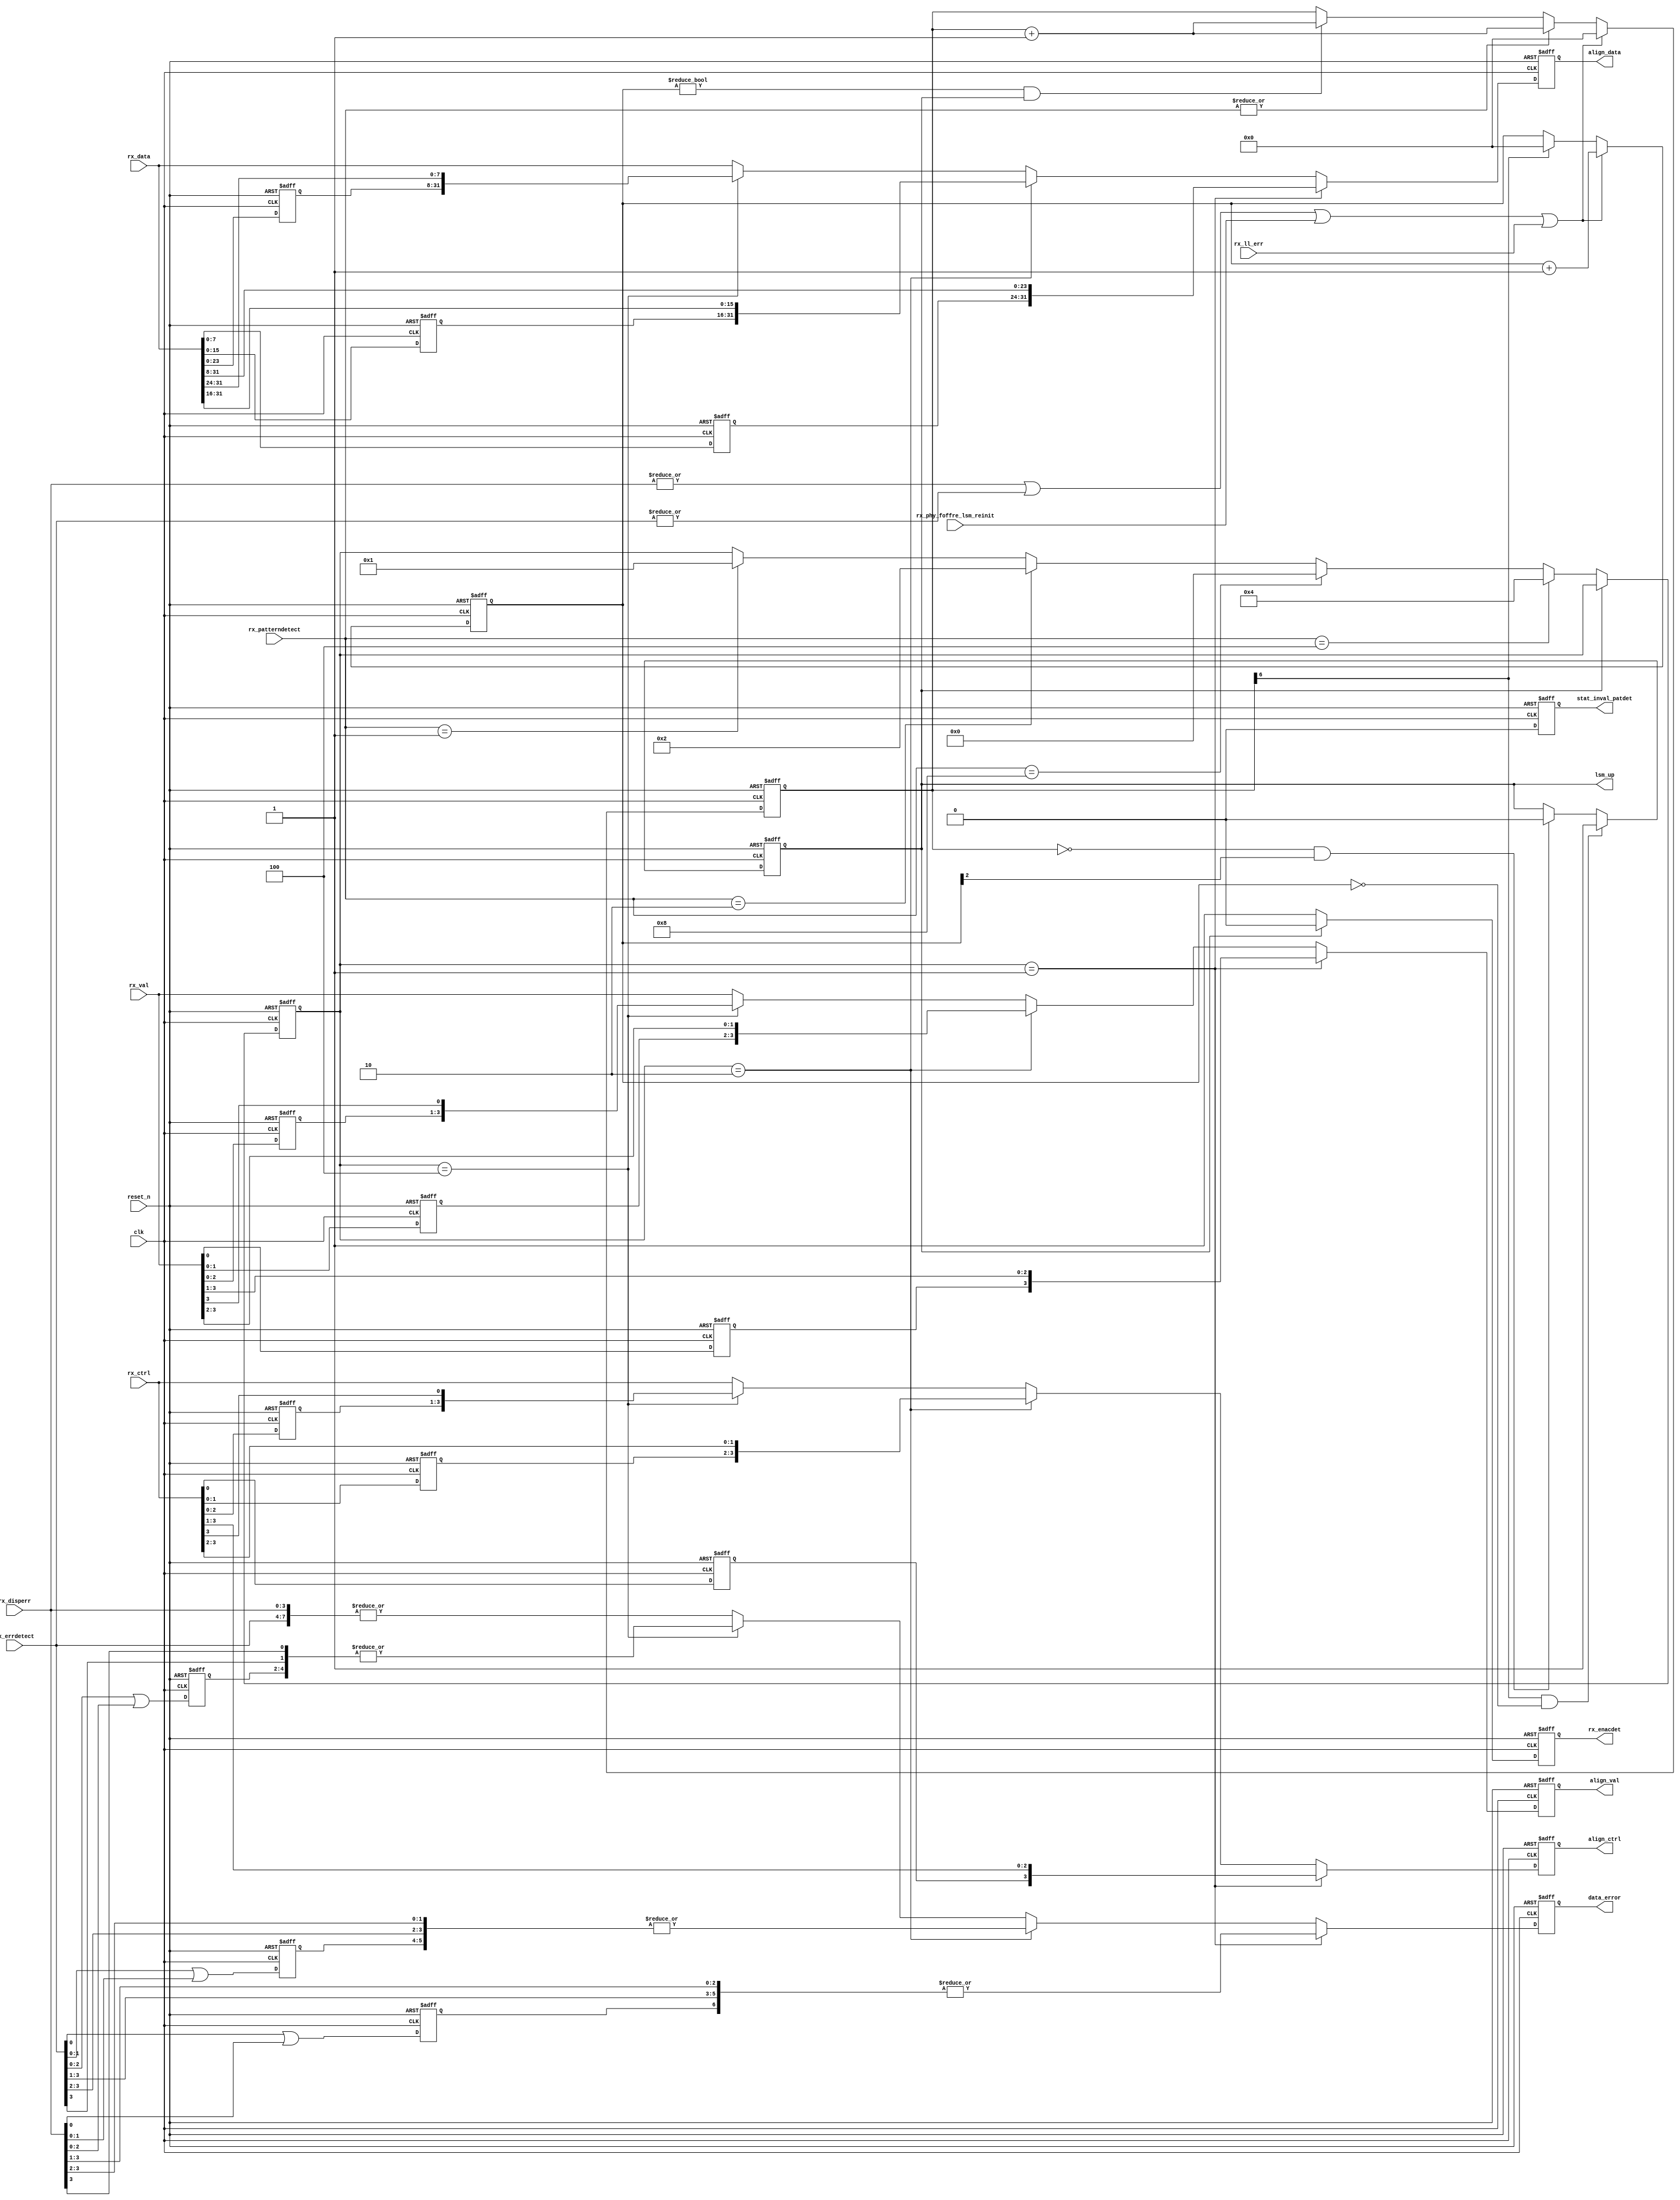
/*
*******************************************************************************

MODULE_NAME = rx_phy_ssynchlsm
COMPANY     = Altera Corporation, Altera Ottawa Technology Center
WEB         = www.altera.com

FUNCTIONAL_DESCRIPTION :
Self Synchronizing Link State Machine, single lane mode only. Future release will support multi-lane alignment
$Id: //acds/rel/14.1/ip/slite/slite2/hw/src/rtl/rx_phy_ssynchlsm.vx.erp#1 $
END_FUNCTIONAL_DESCRIPTION

LEGAL :
  Copyright (C) 2007 Altera Corporation. All rights reserved.  This source code
  to a MegaCore logic function is highly confidential and proprietary
  information of Altera and is being provided in accordance with and
  subject to the applicable MegaCore Logic Function License Agreement
  which governs its use and disclosure.  Altera products and services
  are protected under numerous U.S. and foreign patents, maskwork rights,
  copyrights and other intellectual property laws.
END_LEGAL
*******************************************************************************
*/
// altera message_off 10230
module  five_lane_seriallite_rx_only_rx_phy_ssynchlsm /* vx2 no_prefix */  (
clk,
reset_n,
rx_disperr,
rx_errdetect,
rx_ll_err,
rx_patterndetect,
rx_phy_foffre_lsm_reinit,
rx_data,
rx_ctrl,
rx_val,
align_data,
align_ctrl,
align_val,
data_error,
rx_enacdet,
stat_inval_patdet,
lsm_up);

// Ports and local variables. 
// '_F' indicates an auxiliary variable for flip-flops
// '_S' indicates an auxiliary variable for combinational signals
// '_W' indicates a VX2-created wire
parameter bad_count_msb = 2;
// How many errors in the "good" window before link down.
parameter ALIGNING = 0;
parameter LOCKED0 = 1;
parameter LOCKED1 = 2;
parameter LOCKED2 = 3;
parameter LOCKED3 = 4;
input clk;
input reset_n;
input[4 - 1:0] rx_disperr;
input[4 - 1:0] rx_errdetect;
input rx_ll_err;
input[4 - 1:0] rx_patterndetect;
input rx_phy_foffre_lsm_reinit;
input[32 - 1:0] rx_data;
input[4 - 1:0] rx_ctrl;
input[4 - 1:0] rx_val;
output[32 - 1:0] align_data;
output[4 - 1:0] align_ctrl;
output[4 - 1:0] align_val;
output data_error;
output[1 - 1:0] rx_enacdet;
output stat_inval_patdet;
output lsm_up;
// vx2 translate_off
`ifdef QUARTUS__SIMGEN
parameter good_count_msb = 5;  // Simulation speedup version.
`else
parameter good_count_msb = 6; // Count up to 64 
`endif
// vx2 translate_on

wire  clk ;
wire  reset_n ;
wire  [4 - 1:0] rx_disperr  ;
wire  [4 - 1:0] rx_errdetect  ;
wire  rx_ll_err  ; // input   RX Link Layer Error.
wire  [4 - 1:0] rx_patterndetect  ;
wire  rx_phy_foffre_lsm_reinit  ;
wire  [32 - 1:0] rx_data  ;
wire  [4 - 1:0] rx_ctrl  ;
wire  [4 - 1:0] rx_val  ;
reg  [32 - 1:0] align_data  ;
// Could possibly be comb output (Small TSIZE).

reg[32 - 1:0] _Falign_data;
reg  [4 - 1:0] align_ctrl, _Falign_ctrl  ;
reg  [4 - 1:0] align_val, _Falign_val  ;
reg  data_error, _Fdata_error  ;
reg  [1 - 1:0] rx_enacdet, _Frx_enacdet  ;
reg  stat_inval_patdet  ; // Invalid Pattern Detect signal received.

reg _Fstat_inval_patdet;
reg  lsm_up  /* synthesis altera_attribute="disable_da_rule=\"d101,d102,d103\"" */;
reg _Flsm_up;
reg  [7:0] count, _Fcount  ;
reg  [7:0] count_no_match, _Fcount_no_match  ;
reg  [32 - 1:0] shifted_data_1, _Sshifted_data_1  ;
reg  [4 - 1:0] shifted_ctrl_1, _Sshifted_ctrl_1  ;
reg  [4 - 1:0] shifted_val_1, _Sshifted_val_1  ;
reg  shifted_err_1, _Sshifted_err_1  ;
reg  [7:0] rx_data_ff_1, _Frx_data_ff_1  ;
reg  rx_ctrl_ff_1, _Frx_ctrl_ff_1  ;
reg  rx_val_ff_1, _Frx_val_ff_1  ;
reg  rx_err_ff_1, _Frx_err_ff_1  ;
reg  [32 - 1:0] shifted_data_2, _Sshifted_data_2  ;
reg  [4 - 1:0] shifted_ctrl_2, _Sshifted_ctrl_2  ;
reg  [4 - 1:0] shifted_val_2, _Sshifted_val_2  ;
reg  shifted_err_2, _Sshifted_err_2  ;
reg  [15:0] rx_data_ff_2, _Frx_data_ff_2  ;
reg  [1:0] rx_ctrl_ff_2, _Frx_ctrl_ff_2  ;
reg  [1:0] rx_val_ff_2, _Frx_val_ff_2  ;
reg  [1:0] rx_err_ff_2, _Frx_err_ff_2  ;
reg  [32 - 1:0] shifted_data_4, _Sshifted_data_4  ;
reg  [4 - 1:0] shifted_ctrl_4, _Sshifted_ctrl_4  ;
reg  [4 - 1:0] shifted_val_4, _Sshifted_val_4  ;
reg  shifted_err_4, _Sshifted_err_4  ;
reg  [23:0] rx_data_ff_3, _Frx_data_ff_3  ;
reg  [2:0] rx_ctrl_ff_3, _Frx_ctrl_ff_3  ;
reg  [2:0] rx_val_ff_3, _Frx_val_ff_3  ;
reg  [2:0] rx_err_ff_3, _Frx_err_ff_3  ;
reg  [4 - 1:0] shift_rx_data, _Fshift_rx_data  ;
reg  error_detected, _Serror_detected  ;

always @( * )  begin
// initialize flip-flop and combinational regs
    _Falign_data = align_data;
    _Falign_ctrl = align_ctrl;
    _Falign_val = align_val;
    _Fdata_error = data_error;
    _Frx_enacdet = rx_enacdet;
    _Fstat_inval_patdet = stat_inval_patdet;
    _Flsm_up = lsm_up;
    _Fcount = count;
    _Fcount_no_match = count_no_match;
    _Sshifted_data_1 = 0;
    _Sshifted_ctrl_1 = 0;
    _Sshifted_val_1 = 0;
    _Sshifted_err_1 = 0;
    _Frx_data_ff_1 = rx_data_ff_1;
    _Frx_ctrl_ff_1 = rx_ctrl_ff_1;
    _Frx_val_ff_1 = rx_val_ff_1;
    _Frx_err_ff_1 = rx_err_ff_1;
    _Sshifted_data_2 = 0;
    _Sshifted_ctrl_2 = 0;
    _Sshifted_val_2 = 0;
    _Sshifted_err_2 = 0;
    _Frx_data_ff_2 = rx_data_ff_2;
    _Frx_ctrl_ff_2 = rx_ctrl_ff_2;
    _Frx_val_ff_2 = rx_val_ff_2;
    _Frx_err_ff_2 = rx_err_ff_2;
    _Sshifted_data_4 = 0;
    _Sshifted_ctrl_4 = 0;
    _Sshifted_val_4 = 0;
    _Sshifted_err_4 = 0;
    _Frx_data_ff_3 = rx_data_ff_3;
    _Frx_ctrl_ff_3 = rx_ctrl_ff_3;
    _Frx_val_ff_3 = rx_val_ff_3;
    _Frx_err_ff_3 = rx_err_ff_3;
    _Fshift_rx_data = shift_rx_data;
    _Serror_detected = 0;

// mainline code
    begin // RLV Should provide disperrs and errdetect issues. if not, it should be added.

        _Serror_detected = | rx_disperr || | rx_errdetect || rx_phy_foffre_lsm_reinit || rx_ll_err;// sync status will eventually force re-init.
        // align to GXB
        if (error_detected) begin 
            _Fcount = 0;
            _Fcount_no_match = count_no_match + 1;
        end 
        else
        begin // The count value was reset on error. Since the link is still up,
        // we don't need COM's, so we just increment on non error. 

            if (count_no_match != 0 && lsm_up) begin 
                _Fcount = count + 1;
            end // Once the count count has returned, then we can clear the count_no_match value          
            if (count[good_count_msb] == 1'b1) begin // can now clear the count_no_match value

                _Fcount_no_match = 0;
            end 
            if (| rx_patterndetect) begin // COMS's being received.

                _Fcount = count + 1;
            end 
        end 
        if (count[good_count_msb] == 1'b1 && count_no_match == 0) begin // Receive X words without any alignment errors before declaring aligned

            _Flsm_up = 1'b1;
        end 
        else
            if (count == 0 && count_no_match[bad_count_msb] == 1'b1) begin // Receive Z consecutive words not correct before declaring Not aligned

                _Flsm_up = 1'b0;
            end 
        if (lsm_up == 0) begin 
            _Frx_enacdet = -1;// Look for Training pattern constantly.
        end 
        else
        begin 
            _Frx_enacdet = 0;
        end // ****************************
        // WORD ALIGNMENT STATE MACHINE (For p_TSIZE > 0).
        // ****************************
        //  align the bytes so the msb contains the /K/ character
        //  delay things if necessary
        _Frx_data_ff_1 = rx_data[7:0];
        _Frx_ctrl_ff_1 = rx_ctrl[0];
        _Frx_val_ff_1 = rx_val[0];
        _Frx_err_ff_1 = rx_errdetect[0] | rx_disperr[0];
        _Sshifted_data_1 = {rx_data_ff_1, rx_data[31:8]};
        _Sshifted_ctrl_1 = {rx_ctrl_ff_1, rx_ctrl[3:1]};
        _Sshifted_val_1 = {rx_val_ff_1, rx_val[3:1]};
        _Sshifted_err_1 = | {rx_err_ff_1 , rx_errdetect [ 3 : 1 ] , rx_disperr [ 3 : 1 ]};
        _Frx_data_ff_2 = rx_data[15:0];
        _Frx_ctrl_ff_2 = rx_ctrl[1:0];
        _Frx_val_ff_2 = rx_val[1:0];
        _Frx_err_ff_2 = rx_errdetect[1:0] | rx_disperr[1:0];
        _Sshifted_data_2 = {rx_data_ff_2, rx_data[31:16]};
        _Sshifted_ctrl_2 = {rx_ctrl_ff_2, rx_ctrl[3:2]};
        _Sshifted_val_2 = {rx_val_ff_2, rx_val[3:2]};
        _Sshifted_err_2 = | {rx_err_ff_2 , rx_errdetect [ 3 : 2 ] , rx_disperr [ 3 : 2 ]};
        _Frx_data_ff_3 = rx_data[23:0];
        _Frx_ctrl_ff_3 = rx_ctrl[2:0];
        _Frx_val_ff_3 = rx_val[2:0];
        _Frx_err_ff_3 = rx_errdetect[2:0] | rx_disperr[2:0];
        _Sshifted_data_4 = {rx_data_ff_3, rx_data[31:24]};
        _Sshifted_ctrl_4 = {rx_ctrl_ff_3, rx_ctrl[3]};
        _Sshifted_val_4 = {rx_val_ff_3, rx_val[3]};
        _Sshifted_err_4 = | {rx_err_ff_3 , rx_errdetect [ 3 ] , rx_disperr [ 3 ]};// Now shift the data so the K is aligned.
        _Fstat_inval_patdet = 1'b0;
        if (! lsm_up) begin 
            if (rx_patterndetect == 4'd1) begin 
                _Fshift_rx_data = 4'd1;
            end 
            if (rx_patterndetect == 4'd2) begin 
                _Fshift_rx_data = 4'd2;
            end 
            if (rx_patterndetect == 4'd4) begin 
                _Fshift_rx_data = 4'd4;
            end 
            else
                if (rx_patterndetect == 4'd8) begin // We don't need to shift this one.

                    _Fshift_rx_data = 4'd0;
                end 
        end 
        if (shift_rx_data == 4'd1) begin 
            _Falign_data = shifted_data_1;
            _Falign_ctrl = shifted_ctrl_1;
            _Falign_val = shifted_val_1;
            _Fdata_error = shifted_err_1;
        end 
        else
            if (shift_rx_data == 4'd2) begin 
                _Falign_data = shifted_data_2;
                _Falign_ctrl = shifted_ctrl_2;
                _Falign_val = shifted_val_2;
                _Fdata_error = shifted_err_2;
            end 
            else
                if (shift_rx_data == 4'd4) begin 
                    _Falign_data = shifted_data_4;
                    _Falign_ctrl = shifted_ctrl_4;
                    _Falign_val = shifted_val_4;
                    _Fdata_error = shifted_err_4;
                end 
                else
                begin 
                    _Falign_data = rx_data;
                    _Falign_ctrl = rx_ctrl;
                    _Falign_val = rx_val;
                    _Fdata_error = | {rx_errdetect , rx_disperr};
                end 
    end 


// update regs for combinational signals
// The non-blocking assignment causes the always block to 
// re-stimulate if the signal has changed
    shifted_data_1 <= _Sshifted_data_1;
    shifted_ctrl_1 <= _Sshifted_ctrl_1;
    shifted_val_1 <= _Sshifted_val_1;
    shifted_err_1 <= _Sshifted_err_1;
    shifted_data_2 <= _Sshifted_data_2;
    shifted_ctrl_2 <= _Sshifted_ctrl_2;
    shifted_val_2 <= _Sshifted_val_2;
    shifted_err_2 <= _Sshifted_err_2;
    shifted_data_4 <= _Sshifted_data_4;
    shifted_ctrl_4 <= _Sshifted_ctrl_4;
    shifted_val_4 <= _Sshifted_val_4;
    shifted_err_4 <= _Sshifted_err_4;
    error_detected <= _Serror_detected;
end
always @(posedge clk or negedge reset_n) begin
    if (!reset_n) begin
        align_data<=0;
        align_ctrl<=0;
        align_val<=0;
        data_error<=0;
        rx_enacdet<=0;
        stat_inval_patdet<=0;
        lsm_up<=0;
        count<=0;
        count_no_match<=0;
        rx_data_ff_1<=0;
        rx_ctrl_ff_1<=0;
        rx_val_ff_1<=0;
        rx_err_ff_1<=0;
        rx_data_ff_2<=0;
        rx_ctrl_ff_2<=0;
        rx_val_ff_2<=0;
        rx_err_ff_2<=0;
        rx_data_ff_3<=0;
        rx_ctrl_ff_3<=0;
        rx_val_ff_3<=0;
        rx_err_ff_3<=0;
        shift_rx_data<=0;
    end else begin
        align_data<=_Falign_data;
        align_ctrl<=_Falign_ctrl;
        align_val<=_Falign_val;
        data_error<=_Fdata_error;
        rx_enacdet<=_Frx_enacdet;
        stat_inval_patdet<=_Fstat_inval_patdet;
        lsm_up<=_Flsm_up;
        count<=_Fcount;
        count_no_match<=_Fcount_no_match;
        rx_data_ff_1<=_Frx_data_ff_1;
        rx_ctrl_ff_1<=_Frx_ctrl_ff_1;
        rx_val_ff_1<=_Frx_val_ff_1;
        rx_err_ff_1<=_Frx_err_ff_1;
        rx_data_ff_2<=_Frx_data_ff_2;
        rx_ctrl_ff_2<=_Frx_ctrl_ff_2;
        rx_val_ff_2<=_Frx_val_ff_2;
        rx_err_ff_2<=_Frx_err_ff_2;
        rx_data_ff_3<=_Frx_data_ff_3;
        rx_ctrl_ff_3<=_Frx_ctrl_ff_3;
        rx_val_ff_3<=_Frx_val_ff_3;
        rx_err_ff_3<=_Frx_err_ff_3;
        shift_rx_data<=_Fshift_rx_data;
    end
end
endmodule

/*Vx2, V2.1.5
Released 2006-10-10
Checked out from CVS as $Header: //acds/rel/14.1/ip/infrastructure/tools/lib/ToolVersion.pm#1 $
*/